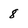
Character: 8